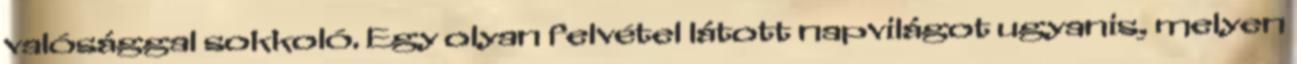
valósággal sokkoló. Egy olyan felvétel látott napvilágot ugyanis, melyen